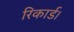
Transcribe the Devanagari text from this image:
रिकार्ड।